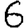
Digit: 6